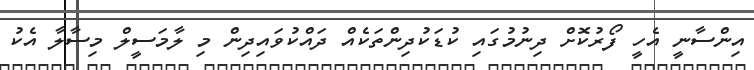
އިންސާނީ އެހީ ފޯރުކޮށް ދިނުމުގައި ކުޑަކުދިންތަކެއް ދައްކުވައިދިން މި ލާމަސީލް މިސާލާ އެކު